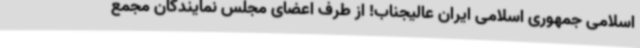
اسلامی جمهوری اسلامی ایران عالیجناب! از طرف اعضای مجلس نمایندگان مجمع